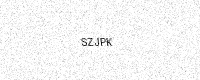
Text: SZJPK